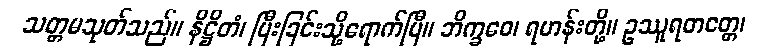
သတ္တမသုတ်သည်။ နိဋ္ဌိတံ၊ ပြီးခြင်းသို့ရောက်ပြီ။ ဘိက္ခဝေ၊ ရဟန်းတို့။ ဥဿူရတတ္တေ၊